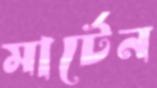
মার্টেন